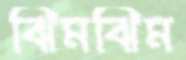
ঝিমঝিম